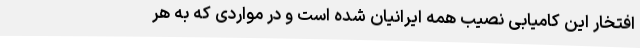
افتخار این کامیابی نصیب همهٔ ایرانیان شده است و در مواردی که به هر